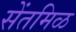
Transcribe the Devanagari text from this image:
सेंतमिळ